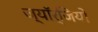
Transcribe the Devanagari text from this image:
ज्यॉर्जियो